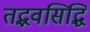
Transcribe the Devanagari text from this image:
तद्भवसिद्धि